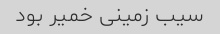
سیب زمینی خمیر بود